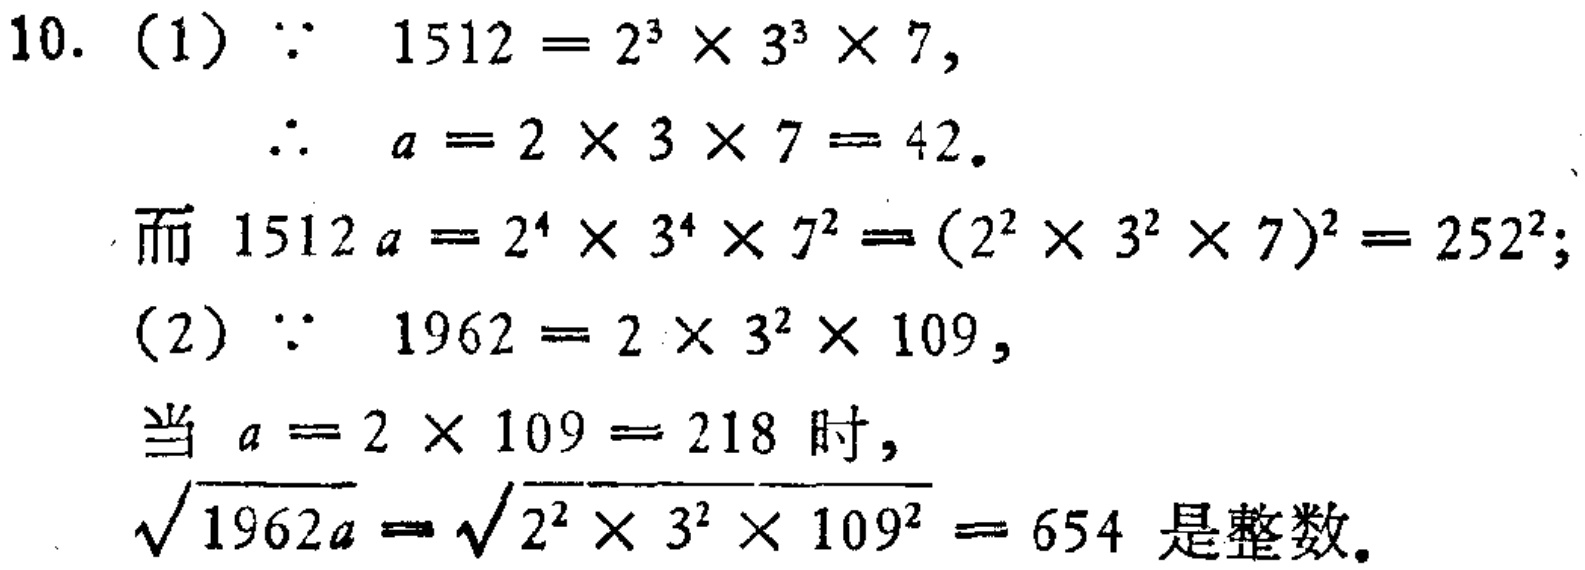
10. (1) $\because 1512 = 2^{3}\times3^{3}\times7$,

$\therefore a = 2\times3\times7 = 42$.

而 $1512a = 2^{4}\times3^{4}\times7^{2}=(2^{2}\times3^{2}\times7)^{2}=252^{2}$;

(2) $\because 1962 = 2\times3^{2}\times109$,

当 $a = 2\times109 = 218$ 时,

$\sqrt{1962a}=\sqrt{2^{2}\times3^{2}\times109^{2}} = 654$ 是整数.